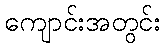
ကျောင်းအတွင်း